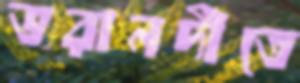
ভরানদীতে